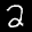
Label: 2